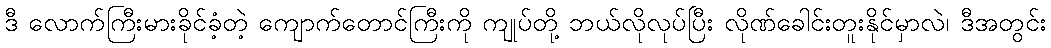
ဒီ လောက်ကြီးမားခိုင်ခံ့တဲ့ ကျောက်တောင်ကြီးကို ကျုပ်တို့ ဘယ်လိုလုပ်ပြီး လိုဏ်ခေါင်းတူးနိုင်မှာလဲ၊ ဒီအတွင်း